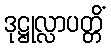
ဒုဋ္ဌုလ္လာပတ္တိံ